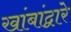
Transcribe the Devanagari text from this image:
खांबांद्वारे